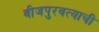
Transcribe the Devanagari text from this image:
वीजपुरवत्याची